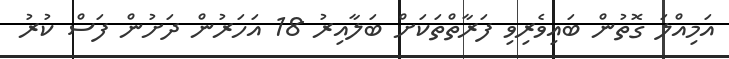
އަމިއްލަ ގޮތުން ބައިވެރިވި ފަރާތްތަކަށް ބަލާއިރު 18 އަހަރުން ދަށުން ފަސް ކުރު